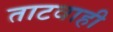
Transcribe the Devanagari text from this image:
ताटवाही